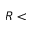
R <